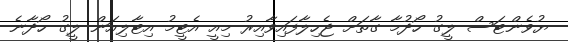
ޔުވެންޓަސް ލީގު ހޯދުމާ ގާތަށް ޖެހިލާފައިވާއިރު މިއީ އެޓީމު އިޓާލިއަން ލީގު ހޯދާނެ